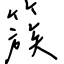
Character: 簇